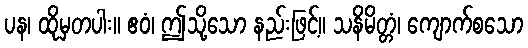
ပန၊ ထိုမှတပါး။ ဧဝံ၊ ဤသို့သော နည်းဖြင့်။ သနိမိတ္တံ၊ ကျောက်စသော